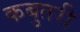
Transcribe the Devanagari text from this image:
कबुतरी